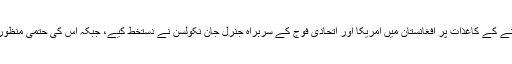
خبر رساں ادارے کے مطابق سب سے بڑے جوہری بم کو گرائے جانے کے کاغذات پر افغانستان میں امریکا اور اتحادی فوج کے سربراہ جنرل جان نکولسن نے دستخط کیے، جبکہ اس کی حتمی منظوری امریکی سینٹرل کمانڈ کے سربراہ جنرل جوزف ووٹل سے لی گئی۔